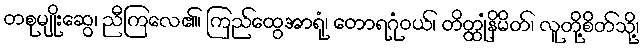
တစုမျိုးဆွေ၊ ညီကြလေ၏၊ ကြည်ထွေအာရုံ၊ တောရဂုံဝယ်၊ တိတ္ထုံနိမိတ်၊ လူတို့စိတ်သို့၊